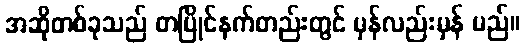
အဆိုတစ်ခုသည် တပြိုင်နက်တည်းတွင် မှန်လည်းမှန် မည်။